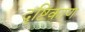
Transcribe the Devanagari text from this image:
दृष्टिकाण